Vaccination in Burma 1920-1933 - 1920-1933
Year: 1920
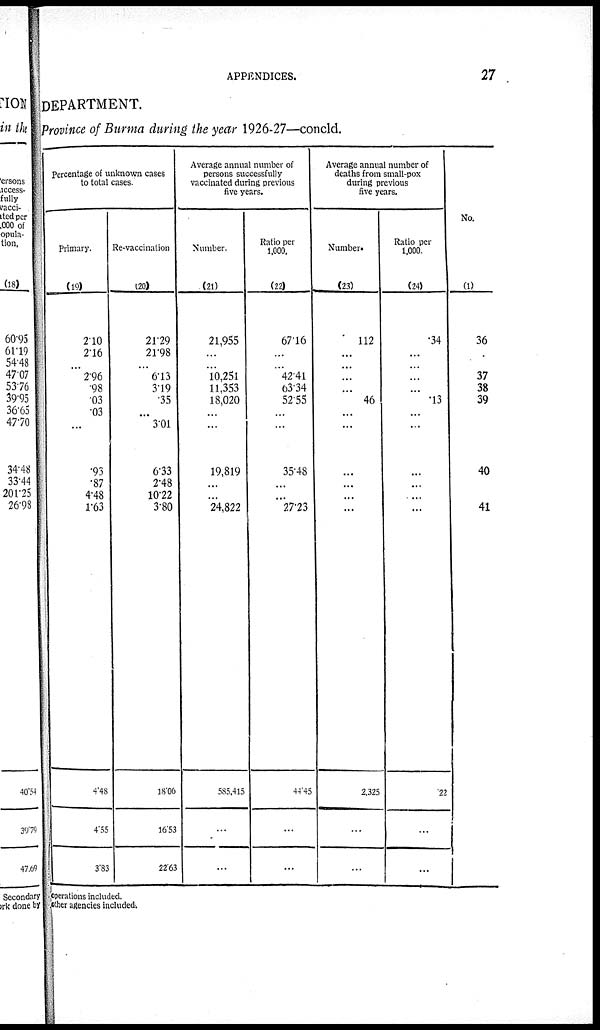
APPENDICES.
27
DEPARTMENT.
Province of Burma during the year 1926-27—concld.
Percentage of unknown cases
to total cases.
Primary.
(19)
2.10
2.16
...
2.96
.98
.03
.03
...
.93
.87
4.48
1.63
4.48
4.55
3.83
Re-vaccination
(20)
21.29
21.98
...
6.13
3.19
.35
...
3.01
6.33
2.48
10.22
3.80
18.06
16.53
22.63
Average annual number of
persons successfully
vaccinated during previous
five years.
Number.
(21)
21,955
...
...
10,251
11,353
18,020
...
...
19,819
...
...
24,822
585,415
...
...
Ratio per
1,000.
(22)
67.16
...
...
42.41
63.34
52.55
...
...
35.48
...
...
27.23
44.45
...
...
Average annual number of
deaths from small-pox
during previous
five years.
Number.
(23)
112
...
...
...
...
46
...
...
...
...
...
...
2,325
...
...
Ratio per
1,000.
(24)
.34
...
...
...
...
.13
...
...
...
...
...
...
.22
...
...
No.
(1)
36
37
38
39
40
41
operations included.
other agencies included.